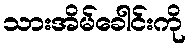
သားအိမ်ခေါင်းကို